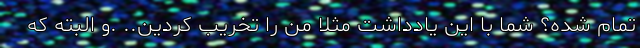
تمام شده؟ شما با این یادداشت مثلا من را تخریب کردین.. .و البته که